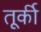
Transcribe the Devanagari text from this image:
तूर्की